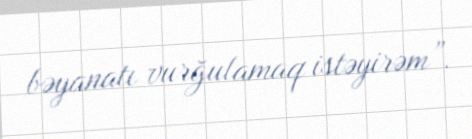
bəyanatı vurğulamaq istəyirəm”.